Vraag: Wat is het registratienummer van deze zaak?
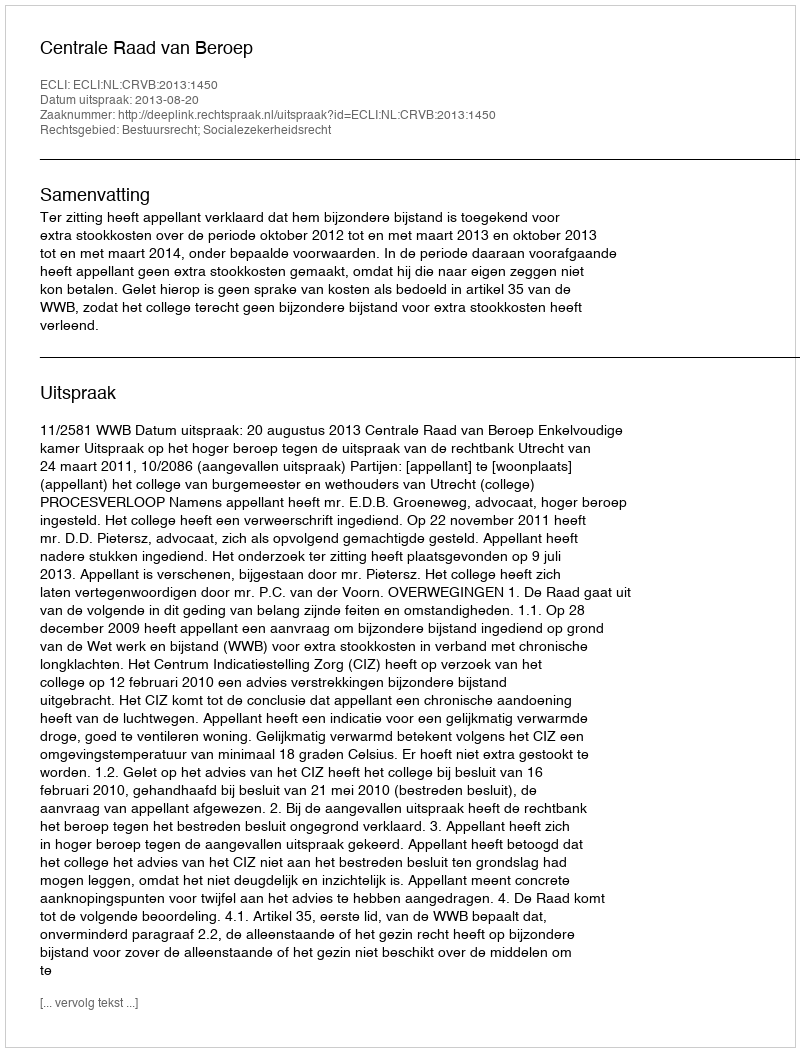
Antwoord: http://deeplink.rechtspraak.nl/uitspraak?id=ECLI:NL:CRVB:2013:1450